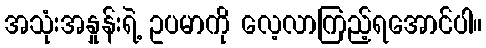
အသုံးအနှုန်းရဲ့ ဥပမာကို လေ့လာကြည့်ရအောင်ပါ။